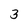
Character: 3